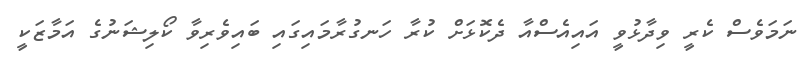
ނަމަވެސް ކެރީ ވިދާޅުވީ އައިއެސްއާ ދެކޮޅަށް ކުރާ ހަނގުރާމައިގައި ބައިވެރިވާ ކޯލިޝަނުގެ އަމާޒަކީ